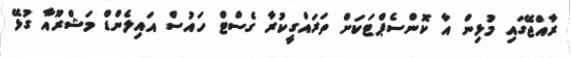
ރާއްޖޭގައި މުޅިން އާ ކޮންސެޕްޓަކަށް ތަރައްގީކުރާ ގެސްޓް ހައުސް އައިލެންޑް މަޝްރޫއާ ގުޅޭ